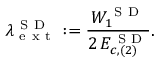
\lambda _ { \mathrm { ~ e ~ x ~ t ~ } } ^ { \mathrm { ~ S ~ D ~ } } : = \frac { W _ { 1 } ^ { \mathrm { ~ S ~ D ~ } } } { 2 \, E _ { c , ( 2 ) } ^ { \mathrm { ~ S ~ D ~ } } } .